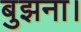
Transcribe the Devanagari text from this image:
बुझना।